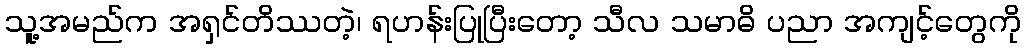
သူ့အမည်က အရှင်တိဿတဲ့၊ ရဟန်းပြုပြီးတော့ သီလ သမာဓိ ပညာ အကျင့်တွေကို